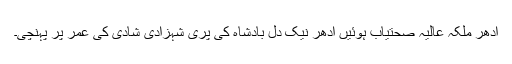
اِدھر ملکہ عالیہ صحتیاب ہوئیں اْدھر نیک دل بادشاہ کی پری شہزادی شادی کی عمر پر پہنچی۔